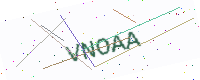
Text: VNOAA